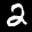
Label: 2